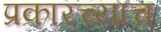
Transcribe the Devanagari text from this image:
प्रकारच्याच